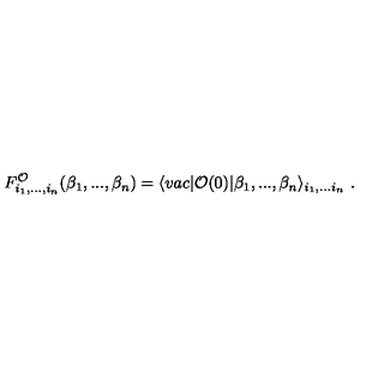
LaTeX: F _ { i _ { 1 } , . . . , i _ { n } } ^ { \cal O } ( \beta _ { 1 } , . . . , \beta _ { n } ) = \langle v a c \vert { \cal O } ( 0 ) \vert \beta _ { 1 } , . . . , \beta _ { n } \rangle _ { i _ { 1 } , . . . i _ { n } } \ .